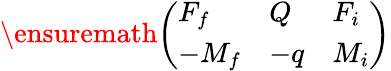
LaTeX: \ensuremath{\left(\begin{array}{lll}{F_{f}}&{Q}&{F_{i}}\\ {-M_{f}}&{-q}&{M_{i}}\end{array}\right)}